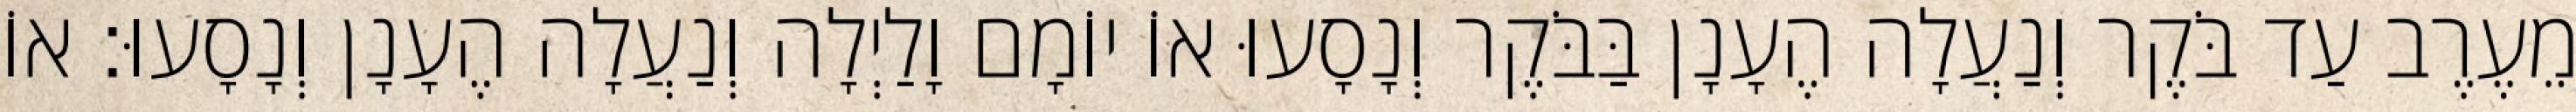
מֵעֶרֶב עַד בֹּקֶר וְנַעֲלָה הֶעָנָן בַּבֹּקֶר וְנָסָעוּ אוֹ יוֹמָם וָלַיְלָה וְנַעֲלָה הֶעָנָן וְנָסָעוּ׃ אוֹ